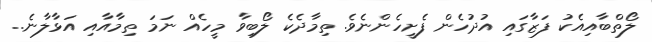
ލޯތްބާއިއެކު ފަޒާގައި އުދުހެން ފެށީހެންނެވެ. ތިމާދެކެ ލޯބިވާ މީހެއް ނަމަ ތިމާއާއި އަޅާލާނެ..